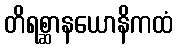
တိရစ္ဆာနယောနိကထံ